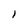
Character: I